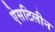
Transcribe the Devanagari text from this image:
ऐसटिलीन